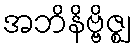
အဘိနိဗ္ဗိဇ္ဈ